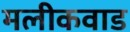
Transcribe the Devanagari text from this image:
मलीकवाड